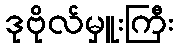
ဒုဗိုလ်မှူးကြီး